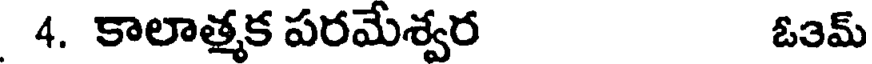
4. కాలాత్మక పరమేశ్వర ఓ3మ్